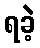
ရခဲ့